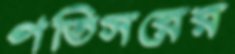
পতিসরের